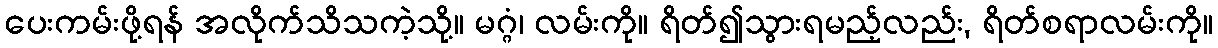
ပေးကမ်းဖို့ရန် အလိုက်သိသကဲ့သို့။ မဂ္ဂံ၊ လမ်းကို။ ရိတ်၍သွားရမည့်လည်း, ရိတ်စရာလမ်းကို။